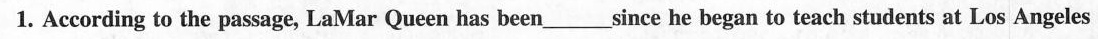
1. According to the passage, LaMar Queen has been___since he began to teach students at Los Angeles